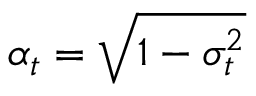
\alpha _ { t } = \sqrt { 1 - \sigma _ { t } ^ { 2 } }